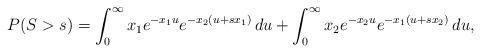
LaTeX: \begin{align*}P(S>s) = \int_0^\infty x_1e^{-x_1 u} e^{-x_2(u+sx_1)} \,du + \int_0^\infty x_2e^{-x_2 u} e^{-x_1(u+sx_2)} \,du,\end{align*}